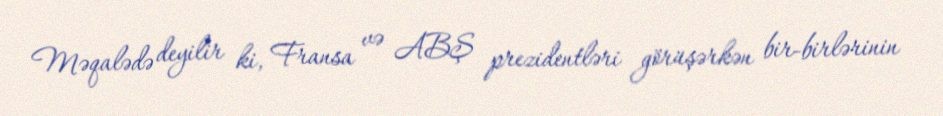
Məqalədə deyilir ki, Fransa və ABŞ prezidentləri görüşərkən bir-birlərinin